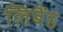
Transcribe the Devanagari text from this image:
लिबैंड